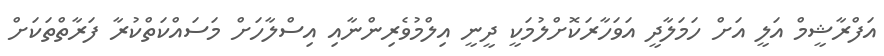
އަފްރާޝީމް އަލީ އަށް ހަމަލާދީ އަވަހާރަކޮށްލުމަކީ ދީނީ އިލްމުވެރިންނާއި އިސްލާހަށް މަސައްކަތްކުރާ ފަރާތްތަކަށް